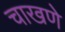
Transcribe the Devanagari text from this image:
चाखणे